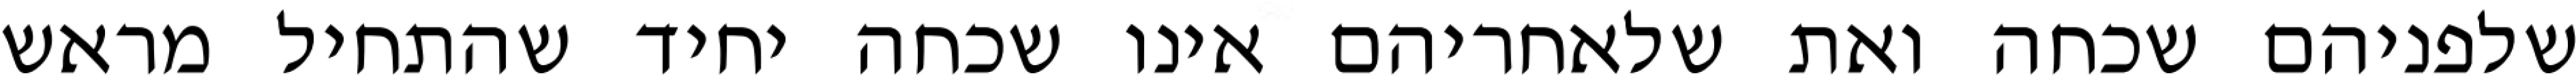
שלפניהם שכחה ואת שלאחריהם אינו שכחה יחיד שהתחיל מראש